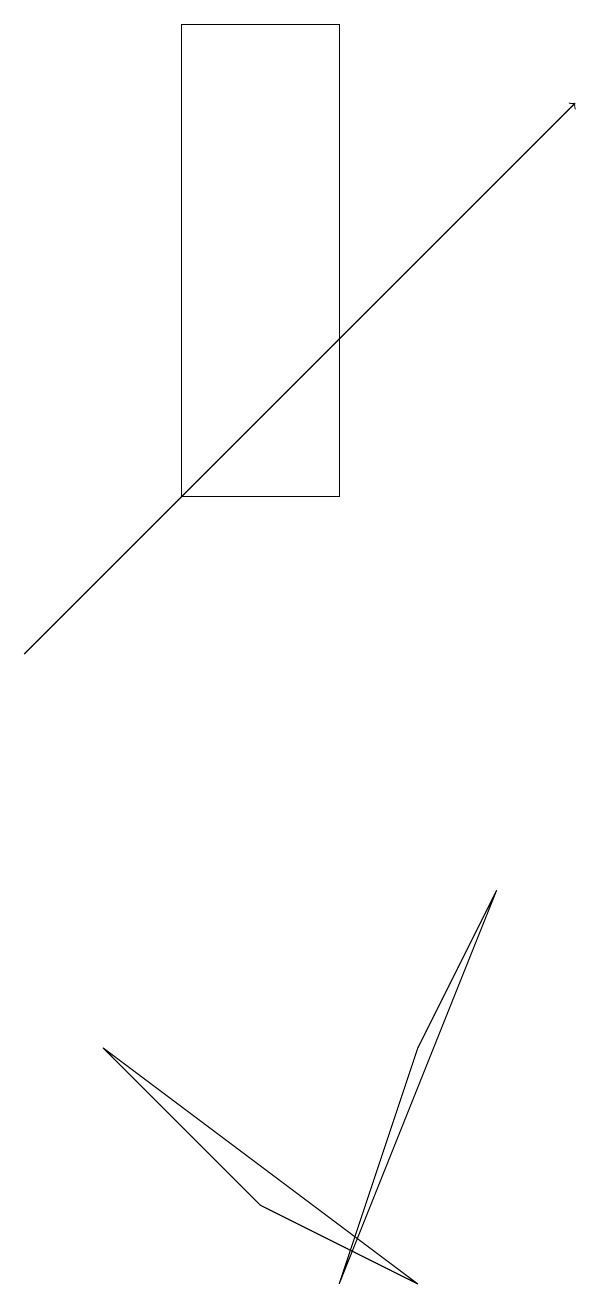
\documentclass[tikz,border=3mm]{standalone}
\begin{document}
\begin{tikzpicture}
\draw[->] (2,11) -- (9,18);
\draw (6,19) rectangle (4,13);
\draw (7,6) -- (6,3) -- (8,8) -- cycle;
\draw (7,3) -- (5,4) -- (3,6) -- cycle;
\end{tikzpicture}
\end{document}